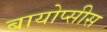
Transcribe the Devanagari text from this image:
बायोप्सीस